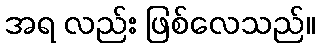
အရ လည်း ဖြစ်လေသည်။